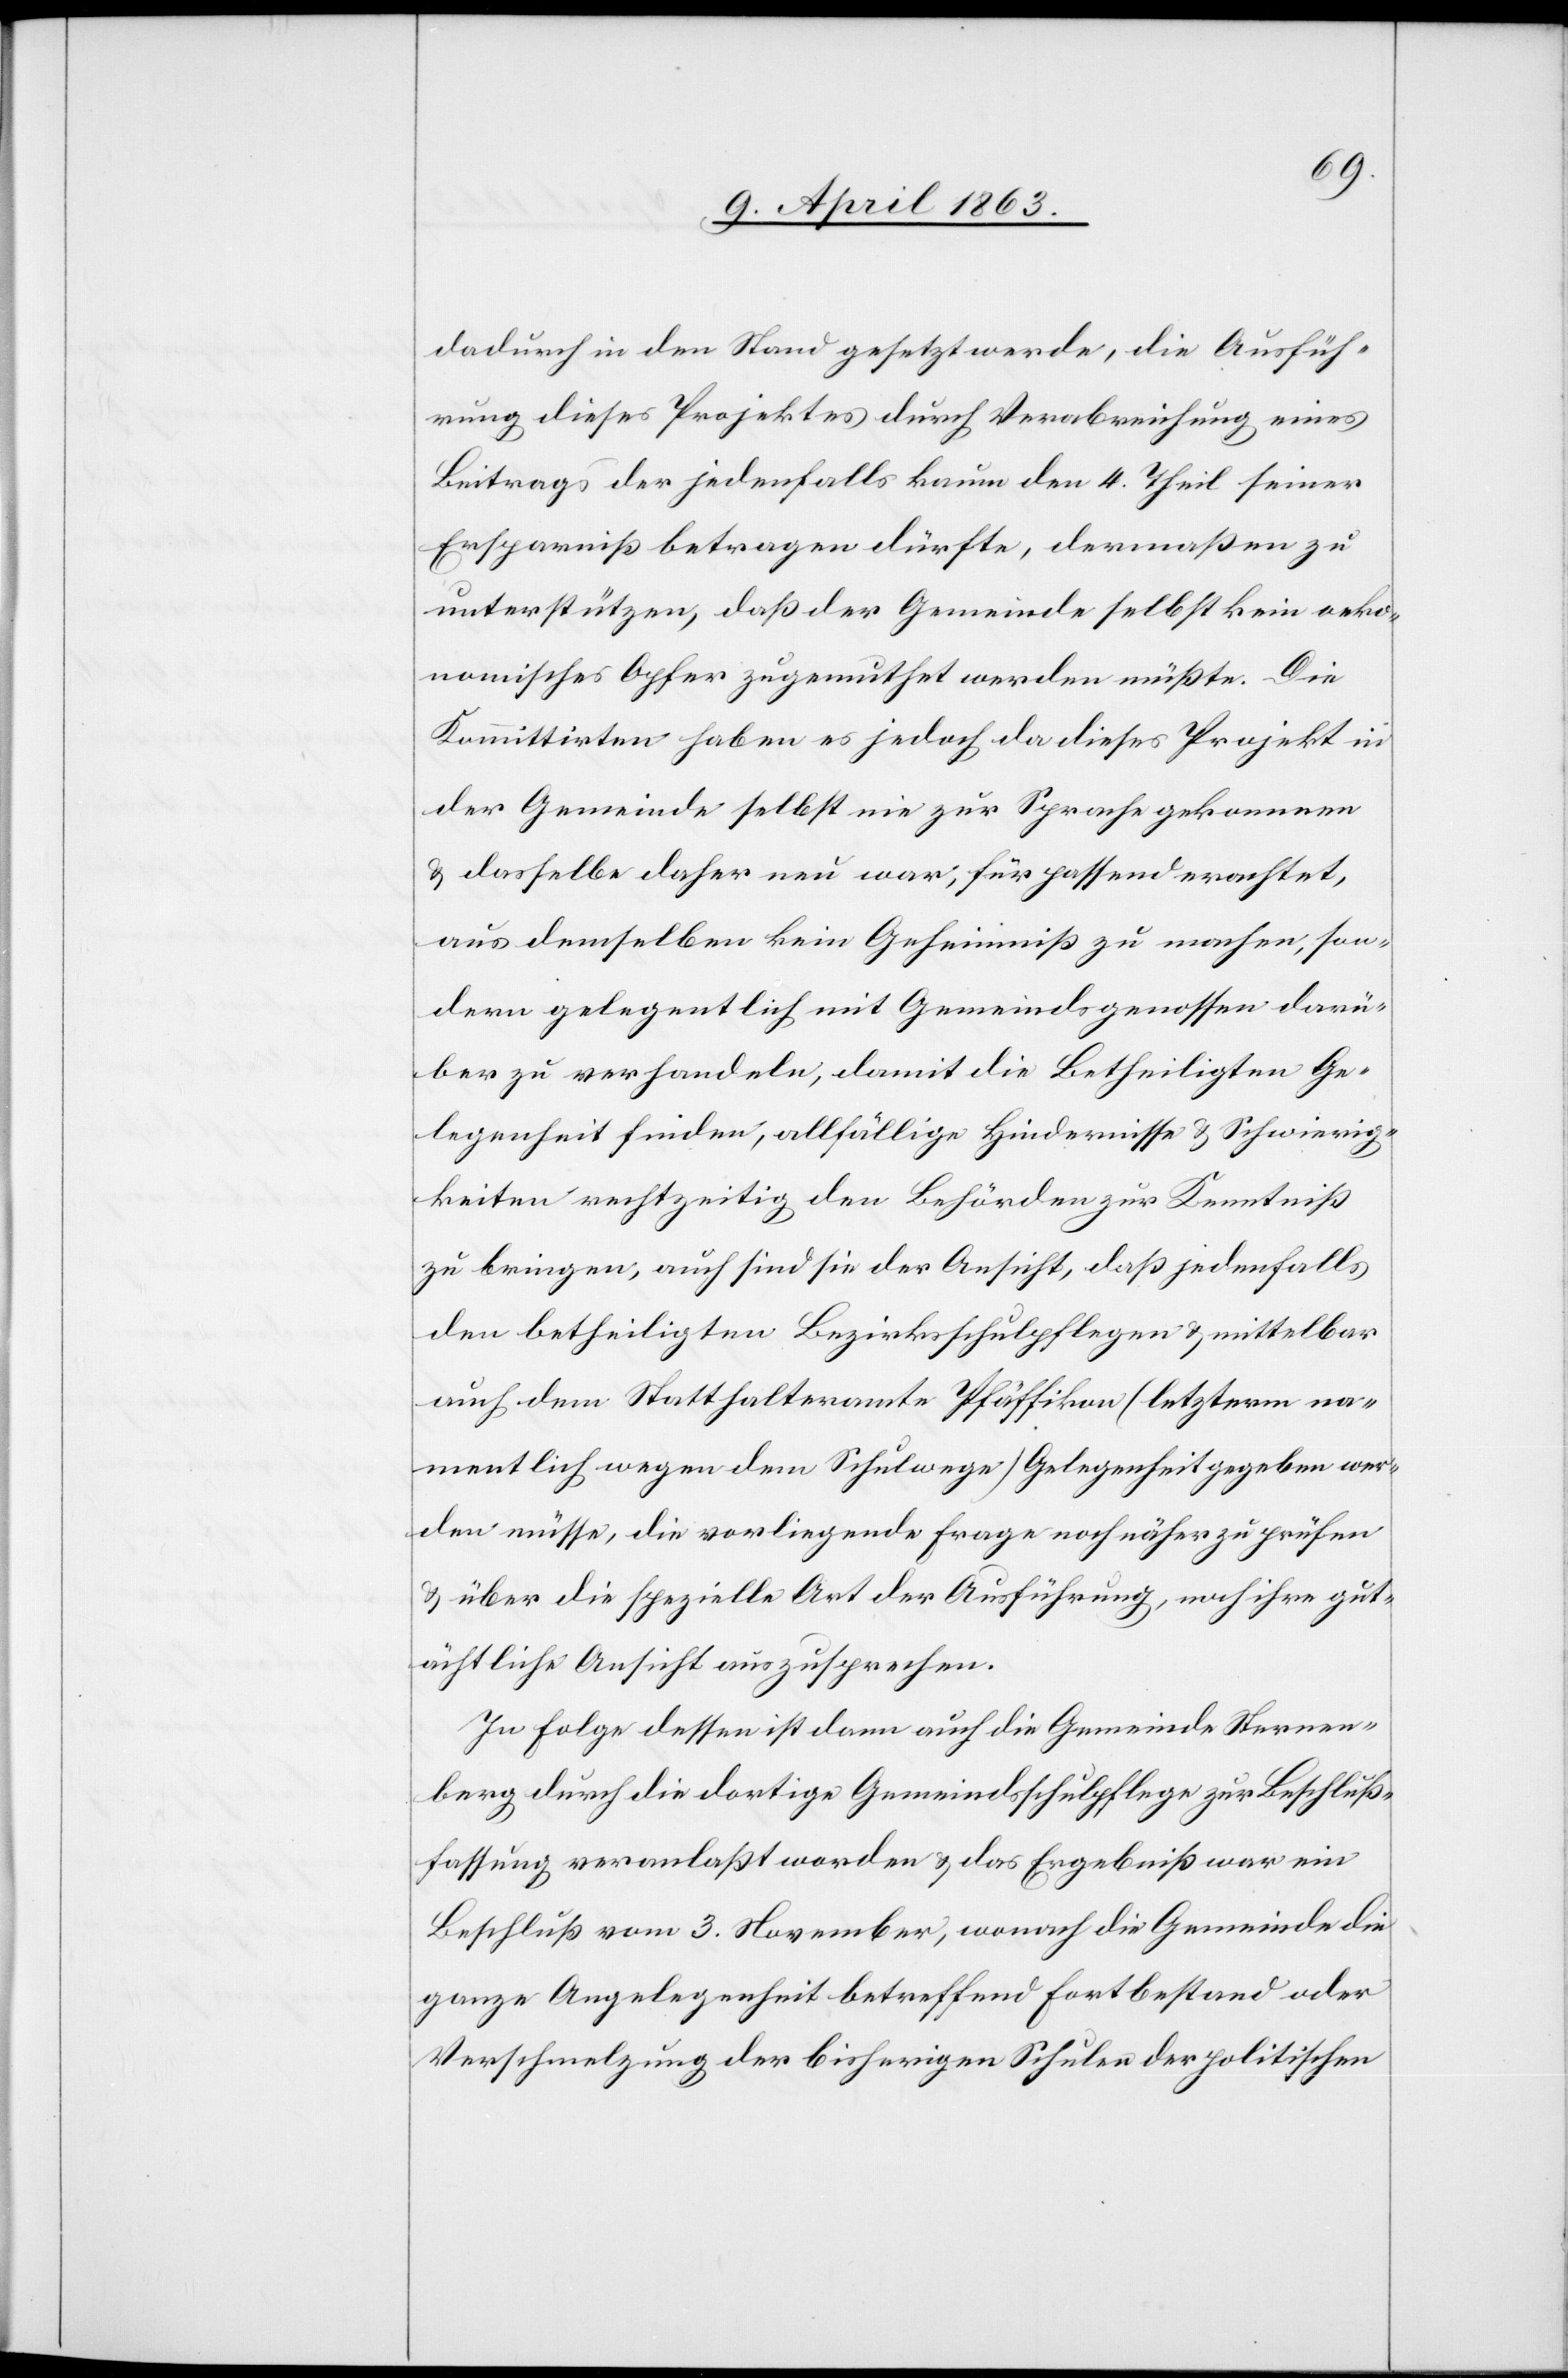
dadurch in den Stand gesetzt werde, die Ausfüh¬
rung dieses Projektes durch Verabreichung eines
Beitrags der jedenfalls kaum den 4. Theil seiner
Ersparniß betragen dürfte, dermaßen zu
unterstützen, daß der Gemeinde selbst kein oeko¬
nomisches Opfer zugemuthet werden müßte. Die
Kommittirten haben es jedoch da dieses Projekt in
der Gemeinde selbst nie zur Sprache gekommen
& dasselbe daher neu war, für passend erachtet,
aus demselben kein Geheimniß zu machen, son¬
dern gelegentlich mit Gemeindsgenossen darü¬
ber zu verhandeln, damit die Betheiligten Ge¬
legenheit finden, allfällige Hindernisse & Schwierig¬
keiten rechtzeitig den Behörden zur Kenntniß
zu bringen, auch sind sie der Ansicht, daß jedenfalls
den betheiligten Bezirksschulpflegen & mittelbar
auch dem Statthalteramte Pfäffikon (letzterm na¬
mentlich wegen dem Schulwege) Gelegenheit gegeben wer¬
den müsse, die vorliegende Frage noch näher zu prüfen
& über die spezielle Art der Ausführung, noch ihre gut¬
ächtliche Ansicht auszusprechen.
In Folge dessen ist dann auch die Gemeinde Sternen¬
berg durch die dortige Gemeindsschulpflege zur Beschluß¬
fassung veranlaßt worden & das Ergebniß war ein
Beschluß vom 3. November, wonach die Gemeinde die
ganze Angelegenheit betreffend Fortbestand oder
Verschmelzung der bisherigen Schulen der politischen